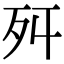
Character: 𣧒